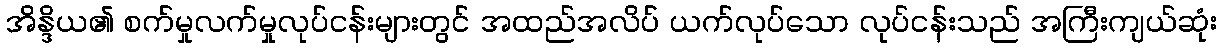
အိန္ဒိယ၏ စက်မှုလက်မှုလုပ်ငန်းများတွင် အထည်အလိပ် ယက်လုပ်သော လုပ်ငန်းသည် အကြီးကျယ်ဆုံး